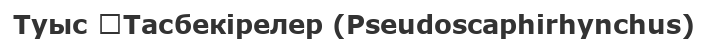
Туыс 	Тасбекірелер (Pseudoscaphirhynchus)